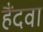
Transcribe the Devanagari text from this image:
हैंदवा